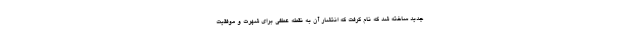
جدید ساخته شد که نام گرفت که انتشار آن به نقطه عطفی برای شهرت و موفقیت